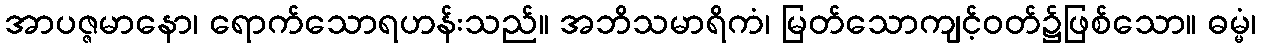
အာပဇ္ဇမာနော၊ ရောက်သောရဟန်းသည်။ အဘိသမာရိကံ၊ မြတ်သောကျင့်ဝတ်၌ဖြစ်သော။ ဓမ္မံ၊